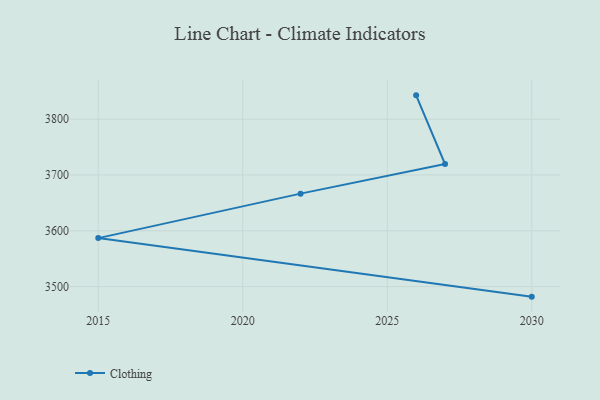
{"axis": {"x": "Year", "y": "Customer Acquisition Cost (USD)"}, "legend": ["Clothing"], "data": [{"x": "2030", "y": 3482.0, "type": "Clothing"}, {"x": "2015", "y": 3586.9, "type": "Clothing"}, {"x": "2022", "y": 3666.6, "type": "Clothing"}, {"x": "2027", "y": 3719.7, "type": "Clothing"}, {"x": "2026", "y": 3842.7, "type": "Clothing"}]}